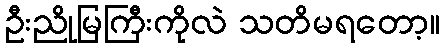
ဦးညိုမြကြီးကိုလဲ သတိမရတော့။